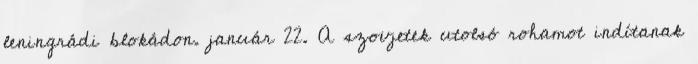
leningrádi blokádon. január 22. A szovjetek utolsó rohamot indítanak